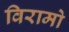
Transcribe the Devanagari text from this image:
विरामो